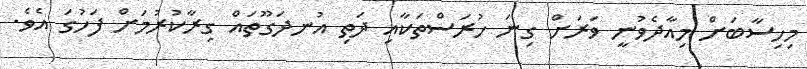
މިހިސާބަށް މިއާދެވުނީ ވަރަށް ގިނަ ހުރަސްތަކާއި ދަތި އުނދަގޫތައް ގިރާކުރުމަށް ފަހުގަ އެވެ.